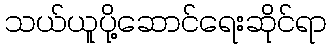
သယ်ယူပို့ဆောင်ရေးဆိုင်ရာ